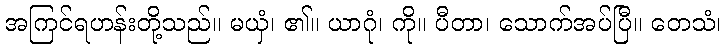
အကြင်ရဟန်းတို့သည်။ မယှံ၊ ၏။ ယာဂုံ၊ ကို။ ပီတာ၊ သောက်အပ်ပြီ။ တေသံ၊